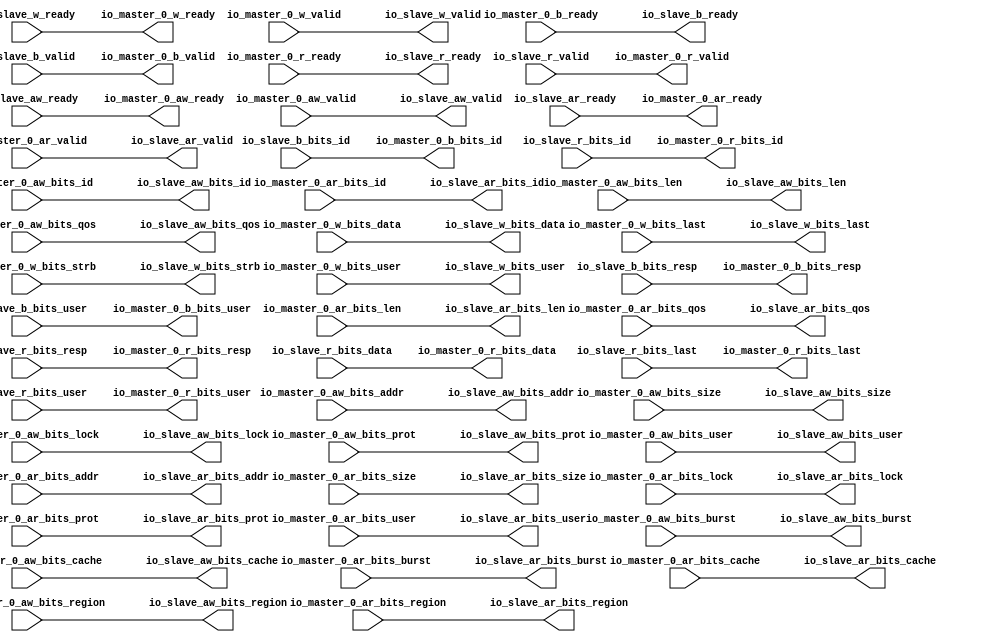
// This program was cloned from: https://github.com/NYU-MLDA/OpenABC
// License: BSD 3-Clause "New" or "Revised" License

module NastiArbiter
(
  io_master_0_aw_ready,
  io_master_0_aw_valid,
  io_master_0_aw_bits_addr,
  io_master_0_aw_bits_len,
  io_master_0_aw_bits_size,
  io_master_0_aw_bits_burst,
  io_master_0_aw_bits_lock,
  io_master_0_aw_bits_cache,
  io_master_0_aw_bits_prot,
  io_master_0_aw_bits_qos,
  io_master_0_aw_bits_region,
  io_master_0_aw_bits_id,
  io_master_0_aw_bits_user,
  io_master_0_w_ready,
  io_master_0_w_valid,
  io_master_0_w_bits_data,
  io_master_0_w_bits_last,
  io_master_0_w_bits_strb,
  io_master_0_w_bits_user,
  io_master_0_b_ready,
  io_master_0_b_valid,
  io_master_0_b_bits_resp,
  io_master_0_b_bits_id,
  io_master_0_b_bits_user,
  io_master_0_ar_ready,
  io_master_0_ar_valid,
  io_master_0_ar_bits_addr,
  io_master_0_ar_bits_len,
  io_master_0_ar_bits_size,
  io_master_0_ar_bits_burst,
  io_master_0_ar_bits_lock,
  io_master_0_ar_bits_cache,
  io_master_0_ar_bits_prot,
  io_master_0_ar_bits_qos,
  io_master_0_ar_bits_region,
  io_master_0_ar_bits_id,
  io_master_0_ar_bits_user,
  io_master_0_r_ready,
  io_master_0_r_valid,
  io_master_0_r_bits_resp,
  io_master_0_r_bits_data,
  io_master_0_r_bits_last,
  io_master_0_r_bits_id,
  io_master_0_r_bits_user,
  io_slave_aw_ready,
  io_slave_aw_valid,
  io_slave_aw_bits_addr,
  io_slave_aw_bits_len,
  io_slave_aw_bits_size,
  io_slave_aw_bits_burst,
  io_slave_aw_bits_lock,
  io_slave_aw_bits_cache,
  io_slave_aw_bits_prot,
  io_slave_aw_bits_qos,
  io_slave_aw_bits_region,
  io_slave_aw_bits_id,
  io_slave_aw_bits_user,
  io_slave_w_ready,
  io_slave_w_valid,
  io_slave_w_bits_data,
  io_slave_w_bits_last,
  io_slave_w_bits_strb,
  io_slave_w_bits_user,
  io_slave_b_ready,
  io_slave_b_valid,
  io_slave_b_bits_resp,
  io_slave_b_bits_id,
  io_slave_b_bits_user,
  io_slave_ar_ready,
  io_slave_ar_valid,
  io_slave_ar_bits_addr,
  io_slave_ar_bits_len,
  io_slave_ar_bits_size,
  io_slave_ar_bits_burst,
  io_slave_ar_bits_lock,
  io_slave_ar_bits_cache,
  io_slave_ar_bits_prot,
  io_slave_ar_bits_qos,
  io_slave_ar_bits_region,
  io_slave_ar_bits_id,
  io_slave_ar_bits_user,
  io_slave_r_ready,
  io_slave_r_valid,
  io_slave_r_bits_resp,
  io_slave_r_bits_data,
  io_slave_r_bits_last,
  io_slave_r_bits_id,
  io_slave_r_bits_user
);

  input [31:0] io_master_0_aw_bits_addr;
  input [7:0] io_master_0_aw_bits_len;
  input [2:0] io_master_0_aw_bits_size;
  input [1:0] io_master_0_aw_bits_burst;
  input [3:0] io_master_0_aw_bits_cache;
  input [2:0] io_master_0_aw_bits_prot;
  input [3:0] io_master_0_aw_bits_qos;
  input [3:0] io_master_0_aw_bits_region;
  input [5:0] io_master_0_aw_bits_id;
  input [63:0] io_master_0_w_bits_data;
  input [7:0] io_master_0_w_bits_strb;
  output [1:0] io_master_0_b_bits_resp;
  output [5:0] io_master_0_b_bits_id;
  input [31:0] io_master_0_ar_bits_addr;
  input [7:0] io_master_0_ar_bits_len;
  input [2:0] io_master_0_ar_bits_size;
  input [1:0] io_master_0_ar_bits_burst;
  input [3:0] io_master_0_ar_bits_cache;
  input [2:0] io_master_0_ar_bits_prot;
  input [3:0] io_master_0_ar_bits_qos;
  input [3:0] io_master_0_ar_bits_region;
  input [5:0] io_master_0_ar_bits_id;
  output [1:0] io_master_0_r_bits_resp;
  output [63:0] io_master_0_r_bits_data;
  output [5:0] io_master_0_r_bits_id;
  output [31:0] io_slave_aw_bits_addr;
  output [7:0] io_slave_aw_bits_len;
  output [2:0] io_slave_aw_bits_size;
  output [1:0] io_slave_aw_bits_burst;
  output [3:0] io_slave_aw_bits_cache;
  output [2:0] io_slave_aw_bits_prot;
  output [3:0] io_slave_aw_bits_qos;
  output [3:0] io_slave_aw_bits_region;
  output [5:0] io_slave_aw_bits_id;
  output [63:0] io_slave_w_bits_data;
  output [7:0] io_slave_w_bits_strb;
  input [1:0] io_slave_b_bits_resp;
  input [5:0] io_slave_b_bits_id;
  output [31:0] io_slave_ar_bits_addr;
  output [7:0] io_slave_ar_bits_len;
  output [2:0] io_slave_ar_bits_size;
  output [1:0] io_slave_ar_bits_burst;
  output [3:0] io_slave_ar_bits_cache;
  output [2:0] io_slave_ar_bits_prot;
  output [3:0] io_slave_ar_bits_qos;
  output [3:0] io_slave_ar_bits_region;
  output [5:0] io_slave_ar_bits_id;
  input [1:0] io_slave_r_bits_resp;
  input [63:0] io_slave_r_bits_data;
  input [5:0] io_slave_r_bits_id;
  input io_master_0_aw_valid;
  input io_master_0_aw_bits_lock;
  input io_master_0_aw_bits_user;
  input io_master_0_w_valid;
  input io_master_0_w_bits_last;
  input io_master_0_w_bits_user;
  input io_master_0_b_ready;
  input io_master_0_ar_valid;
  input io_master_0_ar_bits_lock;
  input io_master_0_ar_bits_user;
  input io_master_0_r_ready;
  input io_slave_aw_ready;
  input io_slave_w_ready;
  input io_slave_b_valid;
  input io_slave_b_bits_user;
  input io_slave_ar_ready;
  input io_slave_r_valid;
  input io_slave_r_bits_last;
  input io_slave_r_bits_user;
  output io_master_0_aw_ready;
  output io_master_0_w_ready;
  output io_master_0_b_valid;
  output io_master_0_b_bits_user;
  output io_master_0_ar_ready;
  output io_master_0_r_valid;
  output io_master_0_r_bits_last;
  output io_master_0_r_bits_user;
  output io_slave_aw_valid;
  output io_slave_aw_bits_lock;
  output io_slave_aw_bits_user;
  output io_slave_w_valid;
  output io_slave_w_bits_last;
  output io_slave_w_bits_user;
  output io_slave_b_ready;
  output io_slave_ar_valid;
  output io_slave_ar_bits_lock;
  output io_slave_ar_bits_user;
  output io_slave_r_ready;
  wire [1:0] io_master_0_b_bits_resp,io_master_0_r_bits_resp,io_slave_aw_bits_burst,
  io_slave_ar_bits_burst;
  wire [5:0] io_master_0_b_bits_id,io_master_0_r_bits_id,io_slave_aw_bits_id,
  io_slave_ar_bits_id;
  wire [63:0] io_master_0_r_bits_data,io_slave_w_bits_data;
  wire [31:0] io_slave_aw_bits_addr,io_slave_ar_bits_addr;
  wire [7:0] io_slave_aw_bits_len,io_slave_w_bits_strb,io_slave_ar_bits_len;
  wire [2:0] io_slave_aw_bits_size,io_slave_aw_bits_prot,io_slave_ar_bits_size,
  io_slave_ar_bits_prot;
  wire [3:0] io_slave_aw_bits_cache,io_slave_aw_bits_qos,io_slave_aw_bits_region,
  io_slave_ar_bits_cache,io_slave_ar_bits_qos,io_slave_ar_bits_region;
  wire io_master_0_aw_ready,io_master_0_w_ready,io_master_0_b_valid,
  io_master_0_b_bits_user,io_master_0_ar_ready,io_master_0_r_valid,io_master_0_r_bits_last,
  io_master_0_r_bits_user,io_slave_aw_valid,io_slave_aw_bits_lock,io_slave_aw_bits_user,
  io_slave_w_valid,io_slave_w_bits_last,io_slave_w_bits_user,io_slave_b_ready,
  io_slave_ar_valid,io_slave_ar_bits_lock,io_slave_ar_bits_user,io_slave_r_ready,
  io_slave_aw_ready,io_slave_w_ready,io_slave_b_valid,io_slave_b_bits_user,
  io_slave_ar_ready,io_slave_r_valid,io_slave_r_bits_last,io_slave_r_bits_user,
  io_master_0_aw_valid,io_master_0_aw_bits_lock,io_master_0_aw_bits_user,io_master_0_w_valid,
  io_master_0_w_bits_last,io_master_0_w_bits_user,io_master_0_b_ready,
  io_master_0_ar_valid,io_master_0_ar_bits_lock,io_master_0_ar_bits_user,io_master_0_r_ready;
  assign io_master_0_aw_ready = io_slave_aw_ready;
  assign io_master_0_w_ready = io_slave_w_ready;
  assign io_master_0_b_valid = io_slave_b_valid;
  assign io_master_0_b_bits_resp[1] = io_slave_b_bits_resp[1];
  assign io_master_0_b_bits_resp[0] = io_slave_b_bits_resp[0];
  assign io_master_0_b_bits_id[5] = io_slave_b_bits_id[5];
  assign io_master_0_b_bits_id[4] = io_slave_b_bits_id[4];
  assign io_master_0_b_bits_id[3] = io_slave_b_bits_id[3];
  assign io_master_0_b_bits_id[2] = io_slave_b_bits_id[2];
  assign io_master_0_b_bits_id[1] = io_slave_b_bits_id[1];
  assign io_master_0_b_bits_id[0] = io_slave_b_bits_id[0];
  assign io_master_0_b_bits_user = io_slave_b_bits_user;
  assign io_master_0_ar_ready = io_slave_ar_ready;
  assign io_master_0_r_valid = io_slave_r_valid;
  assign io_master_0_r_bits_resp[1] = io_slave_r_bits_resp[1];
  assign io_master_0_r_bits_resp[0] = io_slave_r_bits_resp[0];
  assign io_master_0_r_bits_data[63] = io_slave_r_bits_data[63];
  assign io_master_0_r_bits_data[62] = io_slave_r_bits_data[62];
  assign io_master_0_r_bits_data[61] = io_slave_r_bits_data[61];
  assign io_master_0_r_bits_data[60] = io_slave_r_bits_data[60];
  assign io_master_0_r_bits_data[59] = io_slave_r_bits_data[59];
  assign io_master_0_r_bits_data[58] = io_slave_r_bits_data[58];
  assign io_master_0_r_bits_data[57] = io_slave_r_bits_data[57];
  assign io_master_0_r_bits_data[56] = io_slave_r_bits_data[56];
  assign io_master_0_r_bits_data[55] = io_slave_r_bits_data[55];
  assign io_master_0_r_bits_data[54] = io_slave_r_bits_data[54];
  assign io_master_0_r_bits_data[53] = io_slave_r_bits_data[53];
  assign io_master_0_r_bits_data[52] = io_slave_r_bits_data[52];
  assign io_master_0_r_bits_data[51] = io_slave_r_bits_data[51];
  assign io_master_0_r_bits_data[50] = io_slave_r_bits_data[50];
  assign io_master_0_r_bits_data[49] = io_slave_r_bits_data[49];
  assign io_master_0_r_bits_data[48] = io_slave_r_bits_data[48];
  assign io_master_0_r_bits_data[47] = io_slave_r_bits_data[47];
  assign io_master_0_r_bits_data[46] = io_slave_r_bits_data[46];
  assign io_master_0_r_bits_data[45] = io_slave_r_bits_data[45];
  assign io_master_0_r_bits_data[44] = io_slave_r_bits_data[44];
  assign io_master_0_r_bits_data[43] = io_slave_r_bits_data[43];
  assign io_master_0_r_bits_data[42] = io_slave_r_bits_data[42];
  assign io_master_0_r_bits_data[41] = io_slave_r_bits_data[41];
  assign io_master_0_r_bits_data[40] = io_slave_r_bits_data[40];
  assign io_master_0_r_bits_data[39] = io_slave_r_bits_data[39];
  assign io_master_0_r_bits_data[38] = io_slave_r_bits_data[38];
  assign io_master_0_r_bits_data[37] = io_slave_r_bits_data[37];
  assign io_master_0_r_bits_data[36] = io_slave_r_bits_data[36];
  assign io_master_0_r_bits_data[35] = io_slave_r_bits_data[35];
  assign io_master_0_r_bits_data[34] = io_slave_r_bits_data[34];
  assign io_master_0_r_bits_data[33] = io_slave_r_bits_data[33];
  assign io_master_0_r_bits_data[32] = io_slave_r_bits_data[32];
  assign io_master_0_r_bits_data[31] = io_slave_r_bits_data[31];
  assign io_master_0_r_bits_data[30] = io_slave_r_bits_data[30];
  assign io_master_0_r_bits_data[29] = io_slave_r_bits_data[29];
  assign io_master_0_r_bits_data[28] = io_slave_r_bits_data[28];
  assign io_master_0_r_bits_data[27] = io_slave_r_bits_data[27];
  assign io_master_0_r_bits_data[26] = io_slave_r_bits_data[26];
  assign io_master_0_r_bits_data[25] = io_slave_r_bits_data[25];
  assign io_master_0_r_bits_data[24] = io_slave_r_bits_data[24];
  assign io_master_0_r_bits_data[23] = io_slave_r_bits_data[23];
  assign io_master_0_r_bits_data[22] = io_slave_r_bits_data[22];
  assign io_master_0_r_bits_data[21] = io_slave_r_bits_data[21];
  assign io_master_0_r_bits_data[20] = io_slave_r_bits_data[20];
  assign io_master_0_r_bits_data[19] = io_slave_r_bits_data[19];
  assign io_master_0_r_bits_data[18] = io_slave_r_bits_data[18];
  assign io_master_0_r_bits_data[17] = io_slave_r_bits_data[17];
  assign io_master_0_r_bits_data[16] = io_slave_r_bits_data[16];
  assign io_master_0_r_bits_data[15] = io_slave_r_bits_data[15];
  assign io_master_0_r_bits_data[14] = io_slave_r_bits_data[14];
  assign io_master_0_r_bits_data[13] = io_slave_r_bits_data[13];
  assign io_master_0_r_bits_data[12] = io_slave_r_bits_data[12];
  assign io_master_0_r_bits_data[11] = io_slave_r_bits_data[11];
  assign io_master_0_r_bits_data[10] = io_slave_r_bits_data[10];
  assign io_master_0_r_bits_data[9] = io_slave_r_bits_data[9];
  assign io_master_0_r_bits_data[8] = io_slave_r_bits_data[8];
  assign io_master_0_r_bits_data[7] = io_slave_r_bits_data[7];
  assign io_master_0_r_bits_data[6] = io_slave_r_bits_data[6];
  assign io_master_0_r_bits_data[5] = io_slave_r_bits_data[5];
  assign io_master_0_r_bits_data[4] = io_slave_r_bits_data[4];
  assign io_master_0_r_bits_data[3] = io_slave_r_bits_data[3];
  assign io_master_0_r_bits_data[2] = io_slave_r_bits_data[2];
  assign io_master_0_r_bits_data[1] = io_slave_r_bits_data[1];
  assign io_master_0_r_bits_data[0] = io_slave_r_bits_data[0];
  assign io_master_0_r_bits_last = io_slave_r_bits_last;
  assign io_master_0_r_bits_id[5] = io_slave_r_bits_id[5];
  assign io_master_0_r_bits_id[4] = io_slave_r_bits_id[4];
  assign io_master_0_r_bits_id[3] = io_slave_r_bits_id[3];
  assign io_master_0_r_bits_id[2] = io_slave_r_bits_id[2];
  assign io_master_0_r_bits_id[1] = io_slave_r_bits_id[1];
  assign io_master_0_r_bits_id[0] = io_slave_r_bits_id[0];
  assign io_master_0_r_bits_user = io_slave_r_bits_user;
  assign io_slave_aw_valid = io_master_0_aw_valid;
  assign io_slave_aw_bits_addr[31] = io_master_0_aw_bits_addr[31];
  assign io_slave_aw_bits_addr[30] = io_master_0_aw_bits_addr[30];
  assign io_slave_aw_bits_addr[29] = io_master_0_aw_bits_addr[29];
  assign io_slave_aw_bits_addr[28] = io_master_0_aw_bits_addr[28];
  assign io_slave_aw_bits_addr[27] = io_master_0_aw_bits_addr[27];
  assign io_slave_aw_bits_addr[26] = io_master_0_aw_bits_addr[26];
  assign io_slave_aw_bits_addr[25] = io_master_0_aw_bits_addr[25];
  assign io_slave_aw_bits_addr[24] = io_master_0_aw_bits_addr[24];
  assign io_slave_aw_bits_addr[23] = io_master_0_aw_bits_addr[23];
  assign io_slave_aw_bits_addr[22] = io_master_0_aw_bits_addr[22];
  assign io_slave_aw_bits_addr[21] = io_master_0_aw_bits_addr[21];
  assign io_slave_aw_bits_addr[20] = io_master_0_aw_bits_addr[20];
  assign io_slave_aw_bits_addr[19] = io_master_0_aw_bits_addr[19];
  assign io_slave_aw_bits_addr[18] = io_master_0_aw_bits_addr[18];
  assign io_slave_aw_bits_addr[17] = io_master_0_aw_bits_addr[17];
  assign io_slave_aw_bits_addr[16] = io_master_0_aw_bits_addr[16];
  assign io_slave_aw_bits_addr[15] = io_master_0_aw_bits_addr[15];
  assign io_slave_aw_bits_addr[14] = io_master_0_aw_bits_addr[14];
  assign io_slave_aw_bits_addr[13] = io_master_0_aw_bits_addr[13];
  assign io_slave_aw_bits_addr[12] = io_master_0_aw_bits_addr[12];
  assign io_slave_aw_bits_addr[11] = io_master_0_aw_bits_addr[11];
  assign io_slave_aw_bits_addr[10] = io_master_0_aw_bits_addr[10];
  assign io_slave_aw_bits_addr[9] = io_master_0_aw_bits_addr[9];
  assign io_slave_aw_bits_addr[8] = io_master_0_aw_bits_addr[8];
  assign io_slave_aw_bits_addr[7] = io_master_0_aw_bits_addr[7];
  assign io_slave_aw_bits_addr[6] = io_master_0_aw_bits_addr[6];
  assign io_slave_aw_bits_addr[5] = io_master_0_aw_bits_addr[5];
  assign io_slave_aw_bits_addr[4] = io_master_0_aw_bits_addr[4];
  assign io_slave_aw_bits_addr[3] = io_master_0_aw_bits_addr[3];
  assign io_slave_aw_bits_addr[2] = io_master_0_aw_bits_addr[2];
  assign io_slave_aw_bits_addr[1] = io_master_0_aw_bits_addr[1];
  assign io_slave_aw_bits_addr[0] = io_master_0_aw_bits_addr[0];
  assign io_slave_aw_bits_len[7] = io_master_0_aw_bits_len[7];
  assign io_slave_aw_bits_len[6] = io_master_0_aw_bits_len[6];
  assign io_slave_aw_bits_len[5] = io_master_0_aw_bits_len[5];
  assign io_slave_aw_bits_len[4] = io_master_0_aw_bits_len[4];
  assign io_slave_aw_bits_len[3] = io_master_0_aw_bits_len[3];
  assign io_slave_aw_bits_len[2] = io_master_0_aw_bits_len[2];
  assign io_slave_aw_bits_len[1] = io_master_0_aw_bits_len[1];
  assign io_slave_aw_bits_len[0] = io_master_0_aw_bits_len[0];
  assign io_slave_aw_bits_size[2] = io_master_0_aw_bits_size[2];
  assign io_slave_aw_bits_size[1] = io_master_0_aw_bits_size[1];
  assign io_slave_aw_bits_size[0] = io_master_0_aw_bits_size[0];
  assign io_slave_aw_bits_burst[1] = io_master_0_aw_bits_burst[1];
  assign io_slave_aw_bits_burst[0] = io_master_0_aw_bits_burst[0];
  assign io_slave_aw_bits_lock = io_master_0_aw_bits_lock;
  assign io_slave_aw_bits_cache[3] = io_master_0_aw_bits_cache[3];
  assign io_slave_aw_bits_cache[2] = io_master_0_aw_bits_cache[2];
  assign io_slave_aw_bits_cache[1] = io_master_0_aw_bits_cache[1];
  assign io_slave_aw_bits_cache[0] = io_master_0_aw_bits_cache[0];
  assign io_slave_aw_bits_prot[2] = io_master_0_aw_bits_prot[2];
  assign io_slave_aw_bits_prot[1] = io_master_0_aw_bits_prot[1];
  assign io_slave_aw_bits_prot[0] = io_master_0_aw_bits_prot[0];
  assign io_slave_aw_bits_qos[3] = io_master_0_aw_bits_qos[3];
  assign io_slave_aw_bits_qos[2] = io_master_0_aw_bits_qos[2];
  assign io_slave_aw_bits_qos[1] = io_master_0_aw_bits_qos[1];
  assign io_slave_aw_bits_qos[0] = io_master_0_aw_bits_qos[0];
  assign io_slave_aw_bits_region[3] = io_master_0_aw_bits_region[3];
  assign io_slave_aw_bits_region[2] = io_master_0_aw_bits_region[2];
  assign io_slave_aw_bits_region[1] = io_master_0_aw_bits_region[1];
  assign io_slave_aw_bits_region[0] = io_master_0_aw_bits_region[0];
  assign io_slave_aw_bits_id[5] = io_master_0_aw_bits_id[5];
  assign io_slave_aw_bits_id[4] = io_master_0_aw_bits_id[4];
  assign io_slave_aw_bits_id[3] = io_master_0_aw_bits_id[3];
  assign io_slave_aw_bits_id[2] = io_master_0_aw_bits_id[2];
  assign io_slave_aw_bits_id[1] = io_master_0_aw_bits_id[1];
  assign io_slave_aw_bits_id[0] = io_master_0_aw_bits_id[0];
  assign io_slave_aw_bits_user = io_master_0_aw_bits_user;
  assign io_slave_w_valid = io_master_0_w_valid;
  assign io_slave_w_bits_data[63] = io_master_0_w_bits_data[63];
  assign io_slave_w_bits_data[62] = io_master_0_w_bits_data[62];
  assign io_slave_w_bits_data[61] = io_master_0_w_bits_data[61];
  assign io_slave_w_bits_data[60] = io_master_0_w_bits_data[60];
  assign io_slave_w_bits_data[59] = io_master_0_w_bits_data[59];
  assign io_slave_w_bits_data[58] = io_master_0_w_bits_data[58];
  assign io_slave_w_bits_data[57] = io_master_0_w_bits_data[57];
  assign io_slave_w_bits_data[56] = io_master_0_w_bits_data[56];
  assign io_slave_w_bits_data[55] = io_master_0_w_bits_data[55];
  assign io_slave_w_bits_data[54] = io_master_0_w_bits_data[54];
  assign io_slave_w_bits_data[53] = io_master_0_w_bits_data[53];
  assign io_slave_w_bits_data[52] = io_master_0_w_bits_data[52];
  assign io_slave_w_bits_data[51] = io_master_0_w_bits_data[51];
  assign io_slave_w_bits_data[50] = io_master_0_w_bits_data[50];
  assign io_slave_w_bits_data[49] = io_master_0_w_bits_data[49];
  assign io_slave_w_bits_data[48] = io_master_0_w_bits_data[48];
  assign io_slave_w_bits_data[47] = io_master_0_w_bits_data[47];
  assign io_slave_w_bits_data[46] = io_master_0_w_bits_data[46];
  assign io_slave_w_bits_data[45] = io_master_0_w_bits_data[45];
  assign io_slave_w_bits_data[44] = io_master_0_w_bits_data[44];
  assign io_slave_w_bits_data[43] = io_master_0_w_bits_data[43];
  assign io_slave_w_bits_data[42] = io_master_0_w_bits_data[42];
  assign io_slave_w_bits_data[41] = io_master_0_w_bits_data[41];
  assign io_slave_w_bits_data[40] = io_master_0_w_bits_data[40];
  assign io_slave_w_bits_data[39] = io_master_0_w_bits_data[39];
  assign io_slave_w_bits_data[38] = io_master_0_w_bits_data[38];
  assign io_slave_w_bits_data[37] = io_master_0_w_bits_data[37];
  assign io_slave_w_bits_data[36] = io_master_0_w_bits_data[36];
  assign io_slave_w_bits_data[35] = io_master_0_w_bits_data[35];
  assign io_slave_w_bits_data[34] = io_master_0_w_bits_data[34];
  assign io_slave_w_bits_data[33] = io_master_0_w_bits_data[33];
  assign io_slave_w_bits_data[32] = io_master_0_w_bits_data[32];
  assign io_slave_w_bits_data[31] = io_master_0_w_bits_data[31];
  assign io_slave_w_bits_data[30] = io_master_0_w_bits_data[30];
  assign io_slave_w_bits_data[29] = io_master_0_w_bits_data[29];
  assign io_slave_w_bits_data[28] = io_master_0_w_bits_data[28];
  assign io_slave_w_bits_data[27] = io_master_0_w_bits_data[27];
  assign io_slave_w_bits_data[26] = io_master_0_w_bits_data[26];
  assign io_slave_w_bits_data[25] = io_master_0_w_bits_data[25];
  assign io_slave_w_bits_data[24] = io_master_0_w_bits_data[24];
  assign io_slave_w_bits_data[23] = io_master_0_w_bits_data[23];
  assign io_slave_w_bits_data[22] = io_master_0_w_bits_data[22];
  assign io_slave_w_bits_data[21] = io_master_0_w_bits_data[21];
  assign io_slave_w_bits_data[20] = io_master_0_w_bits_data[20];
  assign io_slave_w_bits_data[19] = io_master_0_w_bits_data[19];
  assign io_slave_w_bits_data[18] = io_master_0_w_bits_data[18];
  assign io_slave_w_bits_data[17] = io_master_0_w_bits_data[17];
  assign io_slave_w_bits_data[16] = io_master_0_w_bits_data[16];
  assign io_slave_w_bits_data[15] = io_master_0_w_bits_data[15];
  assign io_slave_w_bits_data[14] = io_master_0_w_bits_data[14];
  assign io_slave_w_bits_data[13] = io_master_0_w_bits_data[13];
  assign io_slave_w_bits_data[12] = io_master_0_w_bits_data[12];
  assign io_slave_w_bits_data[11] = io_master_0_w_bits_data[11];
  assign io_slave_w_bits_data[10] = io_master_0_w_bits_data[10];
  assign io_slave_w_bits_data[9] = io_master_0_w_bits_data[9];
  assign io_slave_w_bits_data[8] = io_master_0_w_bits_data[8];
  assign io_slave_w_bits_data[7] = io_master_0_w_bits_data[7];
  assign io_slave_w_bits_data[6] = io_master_0_w_bits_data[6];
  assign io_slave_w_bits_data[5] = io_master_0_w_bits_data[5];
  assign io_slave_w_bits_data[4] = io_master_0_w_bits_data[4];
  assign io_slave_w_bits_data[3] = io_master_0_w_bits_data[3];
  assign io_slave_w_bits_data[2] = io_master_0_w_bits_data[2];
  assign io_slave_w_bits_data[1] = io_master_0_w_bits_data[1];
  assign io_slave_w_bits_data[0] = io_master_0_w_bits_data[0];
  assign io_slave_w_bits_last = io_master_0_w_bits_last;
  assign io_slave_w_bits_strb[7] = io_master_0_w_bits_strb[7];
  assign io_slave_w_bits_strb[6] = io_master_0_w_bits_strb[6];
  assign io_slave_w_bits_strb[5] = io_master_0_w_bits_strb[5];
  assign io_slave_w_bits_strb[4] = io_master_0_w_bits_strb[4];
  assign io_slave_w_bits_strb[3] = io_master_0_w_bits_strb[3];
  assign io_slave_w_bits_strb[2] = io_master_0_w_bits_strb[2];
  assign io_slave_w_bits_strb[1] = io_master_0_w_bits_strb[1];
  assign io_slave_w_bits_strb[0] = io_master_0_w_bits_strb[0];
  assign io_slave_w_bits_user = io_master_0_w_bits_user;
  assign io_slave_b_ready = io_master_0_b_ready;
  assign io_slave_ar_valid = io_master_0_ar_valid;
  assign io_slave_ar_bits_addr[31] = io_master_0_ar_bits_addr[31];
  assign io_slave_ar_bits_addr[30] = io_master_0_ar_bits_addr[30];
  assign io_slave_ar_bits_addr[29] = io_master_0_ar_bits_addr[29];
  assign io_slave_ar_bits_addr[28] = io_master_0_ar_bits_addr[28];
  assign io_slave_ar_bits_addr[27] = io_master_0_ar_bits_addr[27];
  assign io_slave_ar_bits_addr[26] = io_master_0_ar_bits_addr[26];
  assign io_slave_ar_bits_addr[25] = io_master_0_ar_bits_addr[25];
  assign io_slave_ar_bits_addr[24] = io_master_0_ar_bits_addr[24];
  assign io_slave_ar_bits_addr[23] = io_master_0_ar_bits_addr[23];
  assign io_slave_ar_bits_addr[22] = io_master_0_ar_bits_addr[22];
  assign io_slave_ar_bits_addr[21] = io_master_0_ar_bits_addr[21];
  assign io_slave_ar_bits_addr[20] = io_master_0_ar_bits_addr[20];
  assign io_slave_ar_bits_addr[19] = io_master_0_ar_bits_addr[19];
  assign io_slave_ar_bits_addr[18] = io_master_0_ar_bits_addr[18];
  assign io_slave_ar_bits_addr[17] = io_master_0_ar_bits_addr[17];
  assign io_slave_ar_bits_addr[16] = io_master_0_ar_bits_addr[16];
  assign io_slave_ar_bits_addr[15] = io_master_0_ar_bits_addr[15];
  assign io_slave_ar_bits_addr[14] = io_master_0_ar_bits_addr[14];
  assign io_slave_ar_bits_addr[13] = io_master_0_ar_bits_addr[13];
  assign io_slave_ar_bits_addr[12] = io_master_0_ar_bits_addr[12];
  assign io_slave_ar_bits_addr[11] = io_master_0_ar_bits_addr[11];
  assign io_slave_ar_bits_addr[10] = io_master_0_ar_bits_addr[10];
  assign io_slave_ar_bits_addr[9] = io_master_0_ar_bits_addr[9];
  assign io_slave_ar_bits_addr[8] = io_master_0_ar_bits_addr[8];
  assign io_slave_ar_bits_addr[7] = io_master_0_ar_bits_addr[7];
  assign io_slave_ar_bits_addr[6] = io_master_0_ar_bits_addr[6];
  assign io_slave_ar_bits_addr[5] = io_master_0_ar_bits_addr[5];
  assign io_slave_ar_bits_addr[4] = io_master_0_ar_bits_addr[4];
  assign io_slave_ar_bits_addr[3] = io_master_0_ar_bits_addr[3];
  assign io_slave_ar_bits_addr[2] = io_master_0_ar_bits_addr[2];
  assign io_slave_ar_bits_addr[1] = io_master_0_ar_bits_addr[1];
  assign io_slave_ar_bits_addr[0] = io_master_0_ar_bits_addr[0];
  assign io_slave_ar_bits_len[7] = io_master_0_ar_bits_len[7];
  assign io_slave_ar_bits_len[6] = io_master_0_ar_bits_len[6];
  assign io_slave_ar_bits_len[5] = io_master_0_ar_bits_len[5];
  assign io_slave_ar_bits_len[4] = io_master_0_ar_bits_len[4];
  assign io_slave_ar_bits_len[3] = io_master_0_ar_bits_len[3];
  assign io_slave_ar_bits_len[2] = io_master_0_ar_bits_len[2];
  assign io_slave_ar_bits_len[1] = io_master_0_ar_bits_len[1];
  assign io_slave_ar_bits_len[0] = io_master_0_ar_bits_len[0];
  assign io_slave_ar_bits_size[2] = io_master_0_ar_bits_size[2];
  assign io_slave_ar_bits_size[1] = io_master_0_ar_bits_size[1];
  assign io_slave_ar_bits_size[0] = io_master_0_ar_bits_size[0];
  assign io_slave_ar_bits_burst[1] = io_master_0_ar_bits_burst[1];
  assign io_slave_ar_bits_burst[0] = io_master_0_ar_bits_burst[0];
  assign io_slave_ar_bits_lock = io_master_0_ar_bits_lock;
  assign io_slave_ar_bits_cache[3] = io_master_0_ar_bits_cache[3];
  assign io_slave_ar_bits_cache[2] = io_master_0_ar_bits_cache[2];
  assign io_slave_ar_bits_cache[1] = io_master_0_ar_bits_cache[1];
  assign io_slave_ar_bits_cache[0] = io_master_0_ar_bits_cache[0];
  assign io_slave_ar_bits_prot[2] = io_master_0_ar_bits_prot[2];
  assign io_slave_ar_bits_prot[1] = io_master_0_ar_bits_prot[1];
  assign io_slave_ar_bits_prot[0] = io_master_0_ar_bits_prot[0];
  assign io_slave_ar_bits_qos[3] = io_master_0_ar_bits_qos[3];
  assign io_slave_ar_bits_qos[2] = io_master_0_ar_bits_qos[2];
  assign io_slave_ar_bits_qos[1] = io_master_0_ar_bits_qos[1];
  assign io_slave_ar_bits_qos[0] = io_master_0_ar_bits_qos[0];
  assign io_slave_ar_bits_region[3] = io_master_0_ar_bits_region[3];
  assign io_slave_ar_bits_region[2] = io_master_0_ar_bits_region[2];
  assign io_slave_ar_bits_region[1] = io_master_0_ar_bits_region[1];
  assign io_slave_ar_bits_region[0] = io_master_0_ar_bits_region[0];
  assign io_slave_ar_bits_id[5] = io_master_0_ar_bits_id[5];
  assign io_slave_ar_bits_id[4] = io_master_0_ar_bits_id[4];
  assign io_slave_ar_bits_id[3] = io_master_0_ar_bits_id[3];
  assign io_slave_ar_bits_id[2] = io_master_0_ar_bits_id[2];
  assign io_slave_ar_bits_id[1] = io_master_0_ar_bits_id[1];
  assign io_slave_ar_bits_id[0] = io_master_0_ar_bits_id[0];
  assign io_slave_ar_bits_user = io_master_0_ar_bits_user;
  assign io_slave_r_ready = io_master_0_r_ready;

endmodule